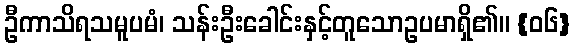
ဦကာသိရသမူပမံ၊ သန်းဦးခေါင်းနှင့်တူသောဥပမာရှိ၏။ {၀၆}